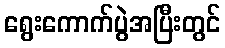
ရွေးကောက်ပွဲအပြီးတွင်